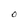
Character: O